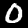
Digit: 0